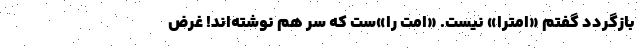
بازگردد گفتم «اِمترا» نیست. «اُمّت را»‌ست که سر هم نوشته‌اند! غرض